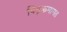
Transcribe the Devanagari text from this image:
पितृक्रमागत